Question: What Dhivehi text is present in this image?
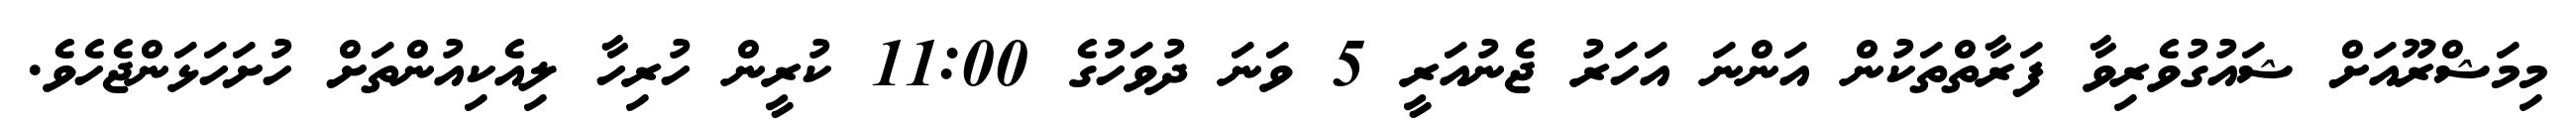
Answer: މިމަޝްރޫއަށް ޝައުގުވެރިވާ ފަރާތްތަކުން އަންނަ އަހަރު ޖެނުއަރީ 5 ވަނަ ދުވަހުގެ 11:00 ކުރީން ހުރިހާ ލިއެކިއުންތަށް ހުށަހަޅަންޖެހެވެ.